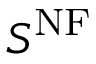
S ^ { \mathrm { N F } }